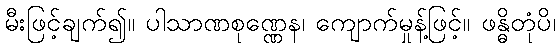
မီးဖြင့်ချက်၍။ ပါသာဏစုဏ္ဏေန၊ ကျောက်မှုန့်ဖြင့်။ ဖန္ဓိတုံပိ၊